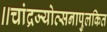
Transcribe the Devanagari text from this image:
॥चांद्रज्योत्सनापुलकित